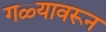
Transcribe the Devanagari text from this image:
गळ्यावरून